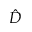
\hat { D }